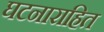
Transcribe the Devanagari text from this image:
घटनाराहित